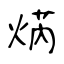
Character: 焫